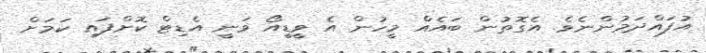
އުފައްދަމުންނެވެ. އެގޮތުން ބައެއް މީހުން އެ ވީޑީއޯ ވަނީ އެޑިޓް ކޮށްފައި ކަމަށް